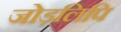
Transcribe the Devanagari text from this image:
जोड़लिपि